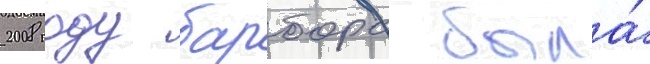
2008 году барбора была́